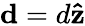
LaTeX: \mathbf{d}=d\mathbf{\hat{z}}